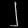
Digit: ၂